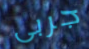
جربى